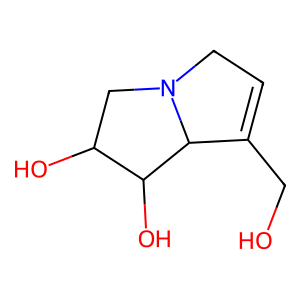
SMILES: OCC1=CCN2CC(O)C(O)C12
Inhibits HIV replication: No